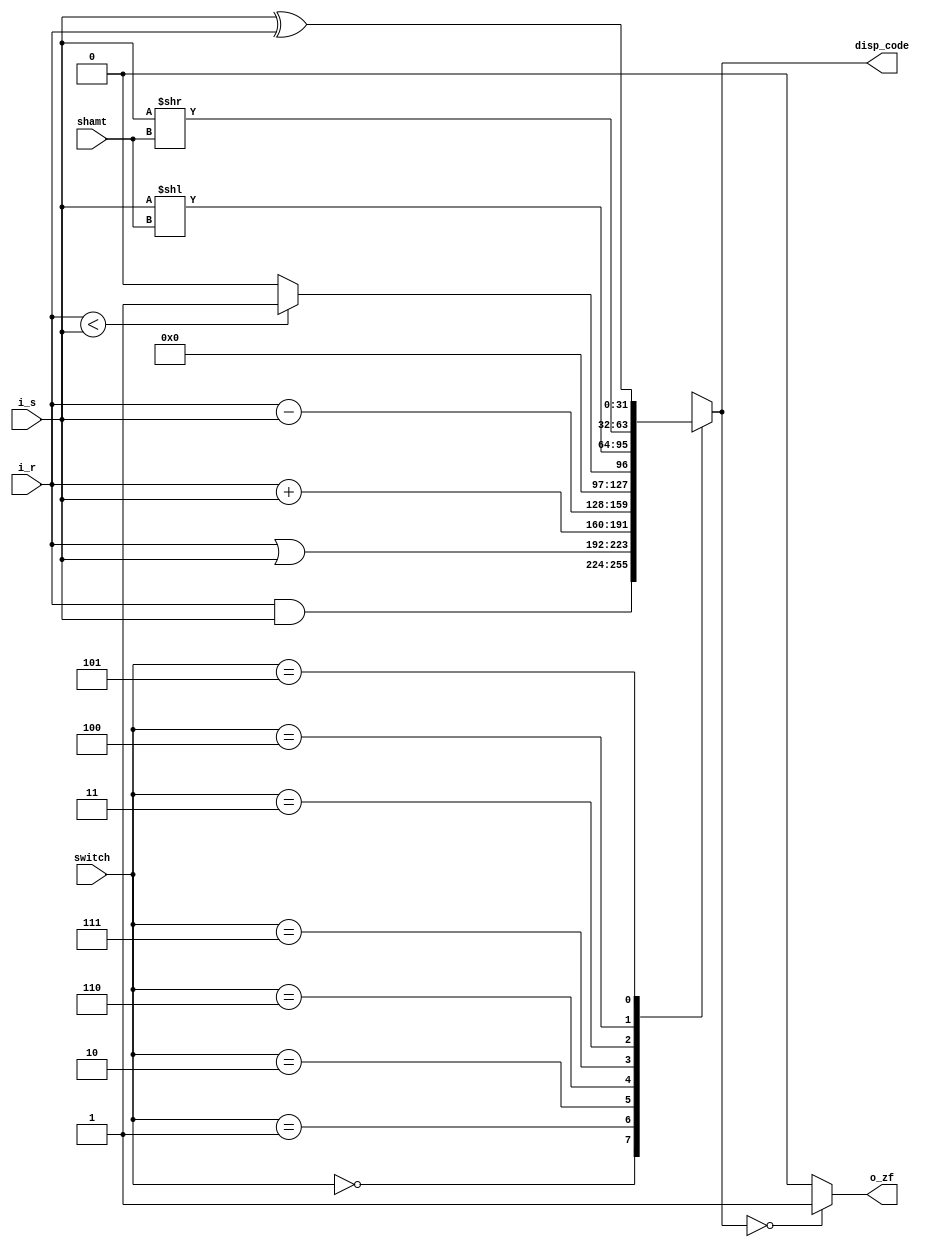
`timescale 1ns / 1ps
//////////////////////////////////////////////////////////////////////////////////
// Company: 
// Engineer: 
// 
// Design Name: 
// Module Name:    alu 
// Project Name: 
// Target Devices: 
// Tool versions: 
// Description: 
//
// Dependencies: 
//
// Revision: 
// Revision 0.01 - File Created
// Additional Comments: 
//
//////////////////////////////////////////////////////////////////////////////////
module alu(
    input wire [31:0] i_r,
    input wire [31:0] i_s,
    input wire [2:0] switch,
	 input wire [4:0] shamt,
    output wire o_zf,
    output reg [31:0] disp_code);
    always @*
        case(switch[2:0])
        3'b000: disp_code=i_r[31:0]&i_s[31:0];
        3'b001: disp_code=i_r[31:0]|i_s[31:0];
        3'b010: disp_code=i_r[31:0]+i_s[31:0];
        3'b110: disp_code=i_r[31:0]-i_s[31:0];
        3'b111: disp_code=i_r[31:0]<i_s[31:0]?1:0;
		  //
		  3'b011: disp_code=i_s[31:0]<<shamt;
		  3'b100: disp_code=i_s[31:0]>>shamt;
		  3'b101: disp_code=i_s[31:0]^i_r[31:0];
        endcase
	assign o_zf = (disp_code=={32{1'b0}})? 1'b1: 1'b0;


endmodule